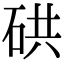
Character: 硔